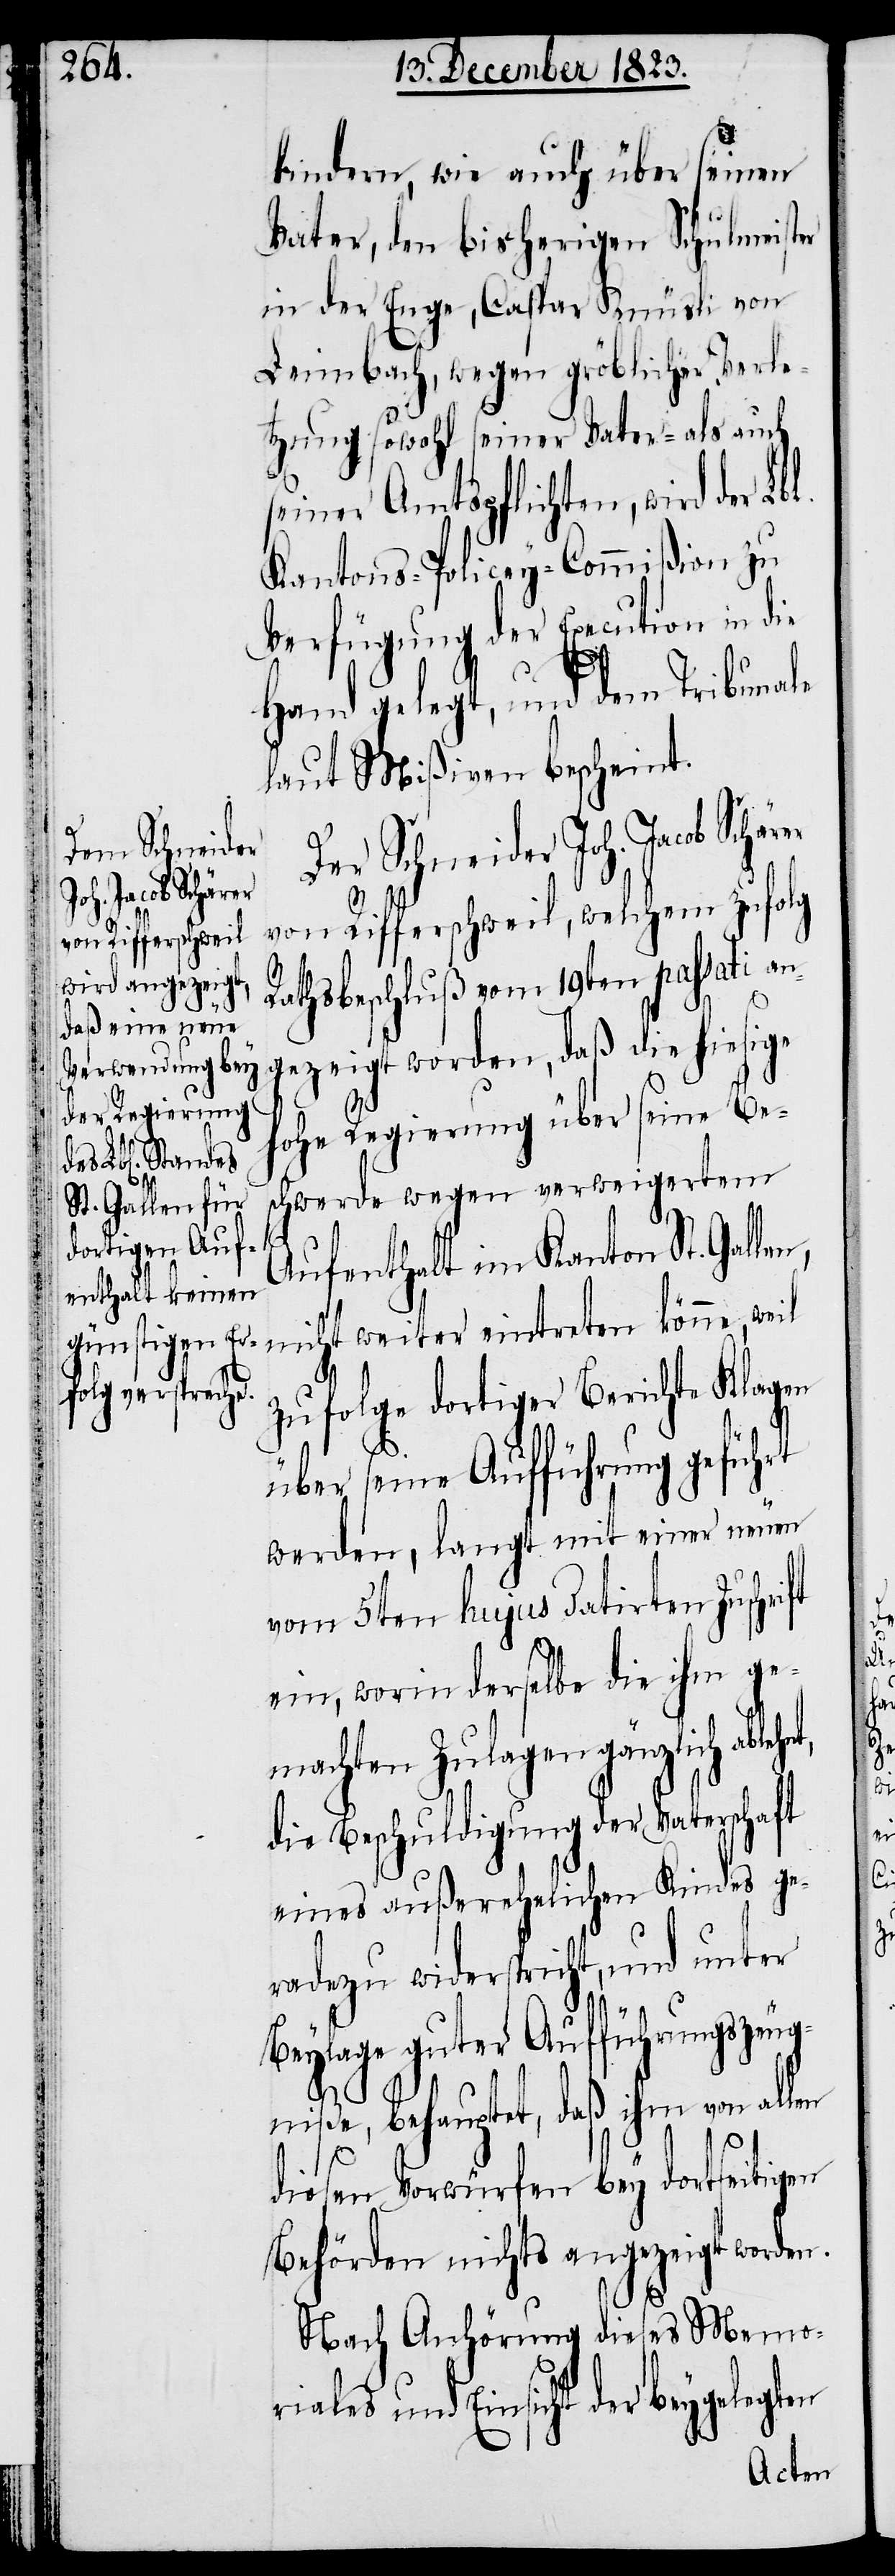
kindern, wie auch über seinen
Vater, den bisherigen Schulmeister
in der Enge, Caspar Knüsli von
Leimbach, wegen gröblicher Verle¬
tzung sowohl seiner Vater- als auch
seiner Amtspflichten, wird der
Kantons-Policey-Commißion zu
Verfügung der Execution in die
Hand gelegt, und dem Tribunale
laut Mißiven bescheint.
Der Schneider
Joh. Jacob Schärer
von Rifferschweil, welchem zufolg
nt,
Rathsbeschluß vom 19ten passati an¬
gezeigt worden, daß die hiesige
hohe Regierung über seine Be¬
schwerde wegen verweigertem
Aufenthalt im Kanton St. Gallen,
icht weiter eintreten könne, weil
zufolge dortiger Berichte Klagen
ft
über seine Auffühurng geführt
werden, langt mit einer neuen
vom 5ten hujus datirten Zuschri¬
ein, worin derselbe die ihm ge¬
machten Zulagen gänzlich ableh¬
die Beschuldigung der Vaterschaft
eines außerehelichen Kindes ge¬
radezu widerspricht, und unter
len
Beylage guter Aufführungszeug¬
niße, behauptet, daß ihm von al¬
diesen Vorwürfen bey dortseitigen
Behörden nichts angezeigt worden.
Nach Anhörung dieses Memo¬
riales und Einsicht der beygelegten